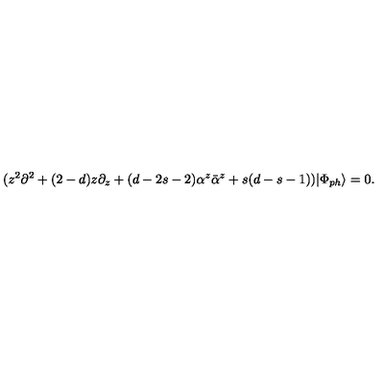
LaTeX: ( z ^ { 2 } \partial ^ { 2 } + ( 2 - d ) z \partial _ { z } + ( d - 2 s - 2 ) \alpha ^ { z } \bar { \alpha } ^ { z } + s ( d - s - 1 ) ) | \Phi _ { p h } \rangle = 0 .